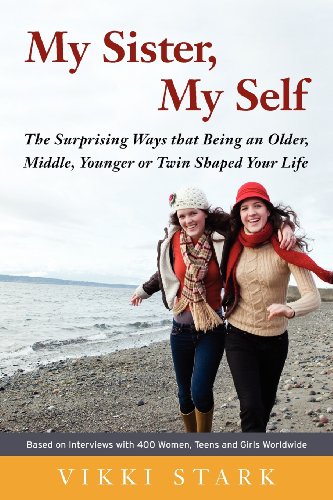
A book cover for My Sister, My Self: The Surprising Ways That Being an Older, Middle, Younger or Twin Shaped Your Life; Vikki Stark; Parenting & Relationships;